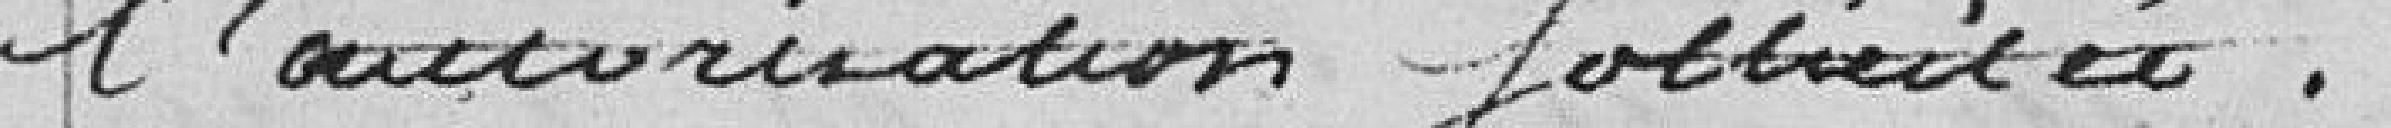
l'autorisation sollicitée.